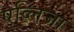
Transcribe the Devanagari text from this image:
एव्लिजा